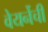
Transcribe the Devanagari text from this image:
वेयर्नेची